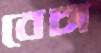
বেচা